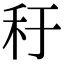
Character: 䄨